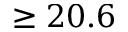
\geq 2 0 . 6